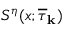
S ^ { \eta } ( x ; \overline { { \tau } } _ { \bf k } )